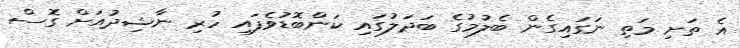
އެ ތަށި މަތި ނަގައިގެން ބެލުމުގެ ބަދަލުގައި ކަންބޮޑުވެފައި ހުރި ނާޝިދުއަށް ގޮސް